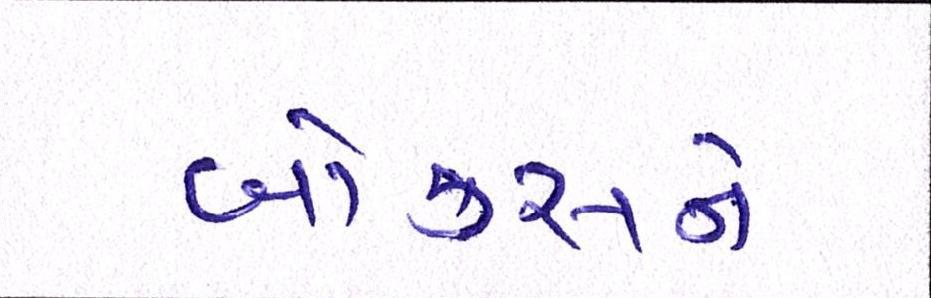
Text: બોક્સને